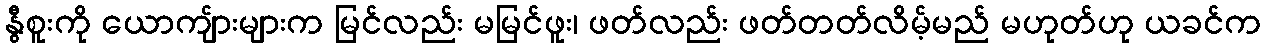
နွီစူးကို ယောကျ်ားများက မြင်လည်း မမြင်ဖူး၊ ဖတ်လည်း ဖတ်တတ်လိမ့်မည် မဟုတ်ဟု ယခင်က